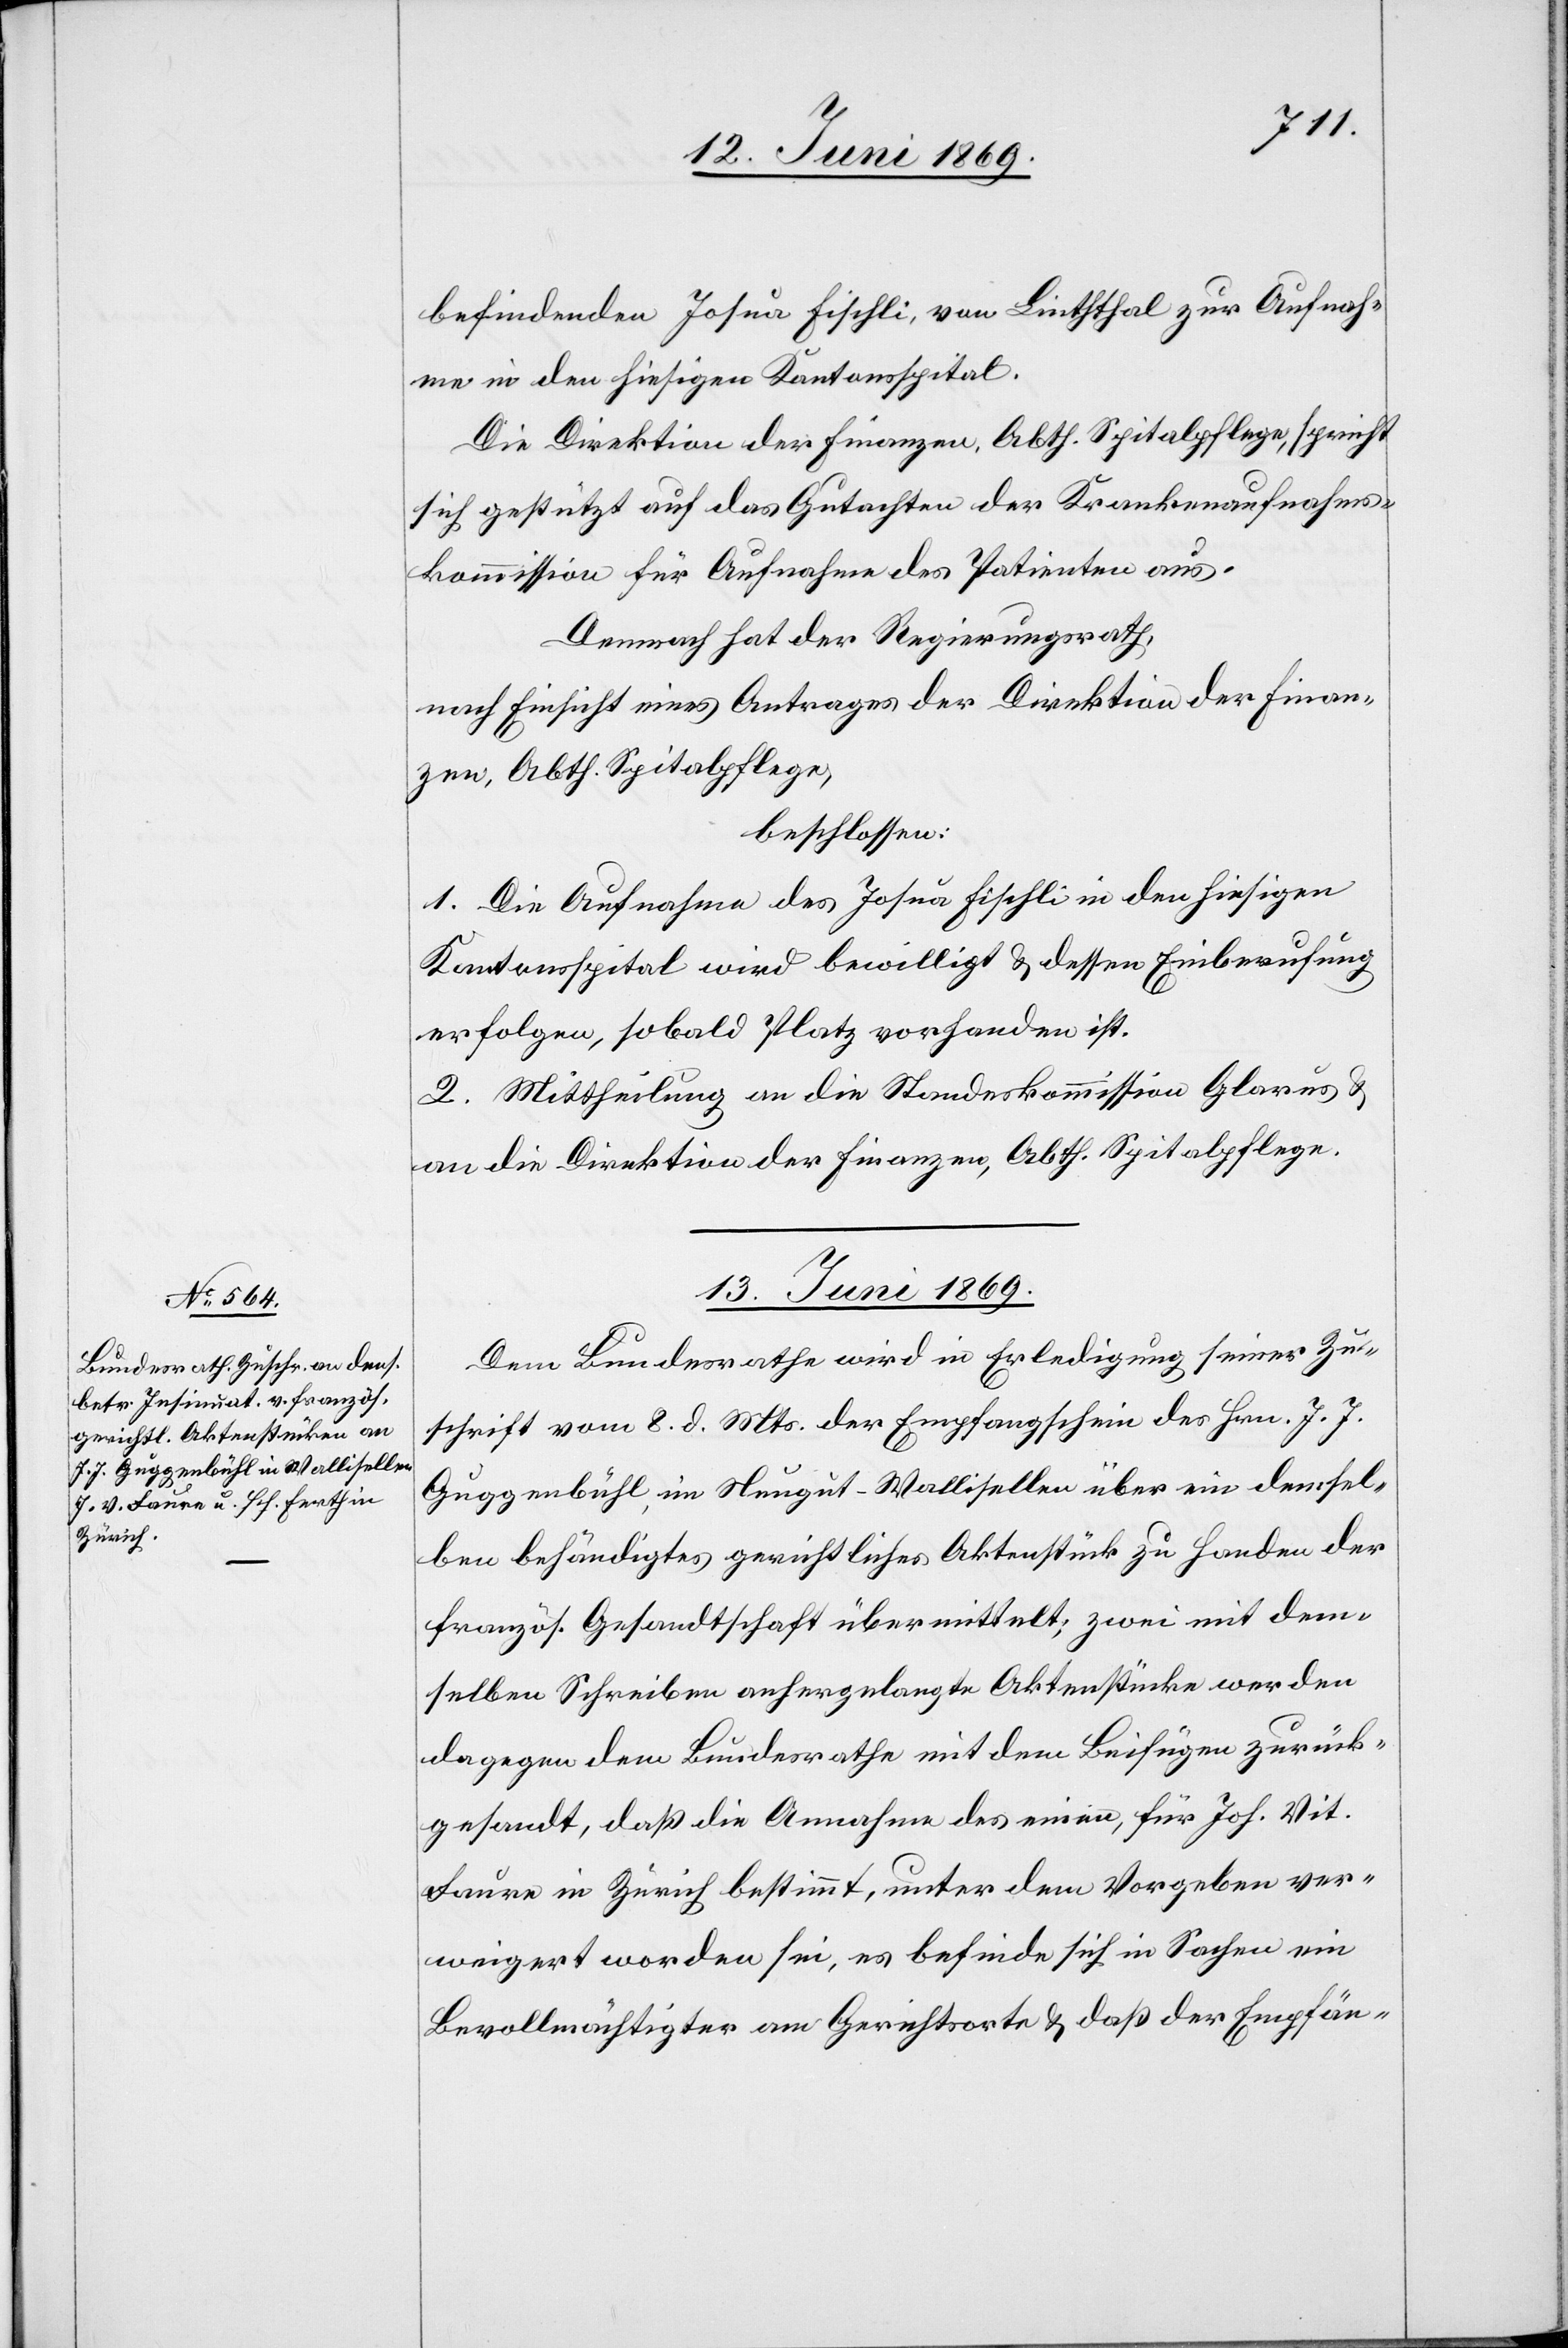
befindenden Josua Fischli, von Lintthal zur Aufnah¬
me in den hiesigen Kantonsspital.
Die Direktion der Finanzen, Abth. Spitalpflege, spricht
sich gestützt auf das Gutachten der Krankenaufnahms¬
kommission für Aufnahme des Patienten aus.
Demnach hat der Regierungsrath,
nach Einsicht eines Antrages der Direktion der Finanzen,
Abth. Spitalpflege,
beschlossen:
1. Die Aufnahme des Josua Fischli in den hiesigen
Kantonsspital wird bewilligt u. dessen Einberufung
erfolgen, sobald Platz vorhanden ist.
2. Mittheilung an die Standeskommission Glarus u.
an die Direktion der Finanzen, Abth. Spitalpflege.
13. Juni 1869.
Dem Bundesrathe wird in Erledigung seiner Zu¬
schrift vom 8. d. Mts. der Empfangsschein des Hrn. J. J.
Guggenbühl im Neugut - Wallisellen über ein demsel¬
ben behändigtes gerichtliches Aktenstück zu Handen der
französ. Gesandtschaft übermittelt, zwei mit dem¬
selben Schreiben anhergelangte Aktenstücke werden
dagegen dem Bundesrathe mit dem Beifügen zurück¬
gesandt, daß die Annahme des einen, für Joh. Vit.
Laure in Zürich bestimmt, unter dem Vorgeben ver¬
weigert worden sei, es befinde sich in Sachen ein
Bevollmächtigter am Gerichtsorte u. daß der Empfän-